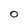
Character: 0